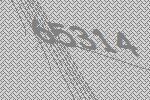
65314